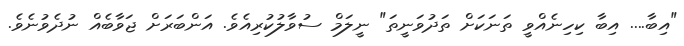
"އިބާ.... އިބާ ކިހިނެއްވީ ތަނަކަށް ތަދުވަނީތަ" ނީލަމް ސުވާލުކުރިއެވެ. އަންބަރަށް ޖަވާބެއް ނުދެވުނެވެ.